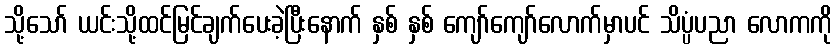
သို့သော် ယင်းသို့ထင်မြင်ချက်ပေးခဲ့ပြီးနောက် နှစ် နှစ် ကျော်ကျော်လောက်မှာပင် သိပ္ပံပညာ လောကကို